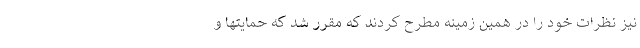
نیز نظرات خود را در همین زمینه مطرح کردند که مقرر شد که حمایتها و